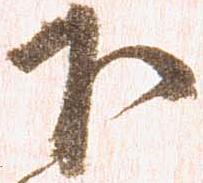
下